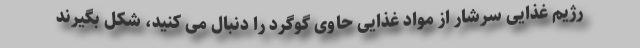
رژیم غذایی سرشار از مواد غذایی حاوی گوگرد را دنبال می کنید، شکل بگیرند